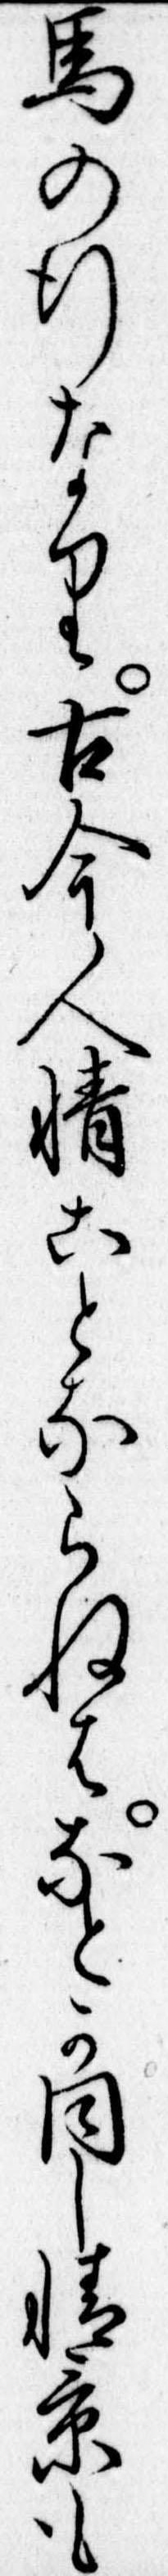
馬の行なり古今人情ことならねはなとか同し情景も